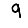
Digit: 9